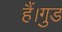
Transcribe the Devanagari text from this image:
हैं।गुड